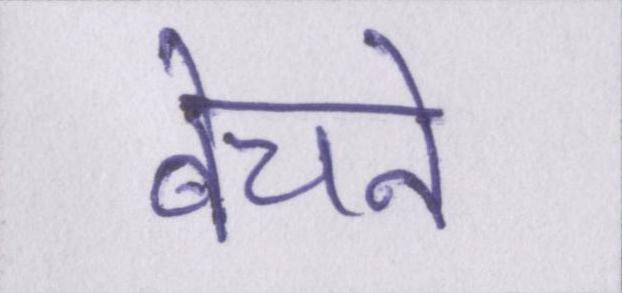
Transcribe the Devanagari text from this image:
बेचने